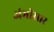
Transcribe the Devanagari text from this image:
अंभीसार